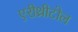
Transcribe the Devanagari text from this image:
एरीथ्रीटोल